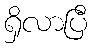
ရှိလာပြီ